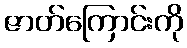
ဇာတ်ကြောင်းကို